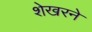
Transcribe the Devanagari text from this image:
शेखरने